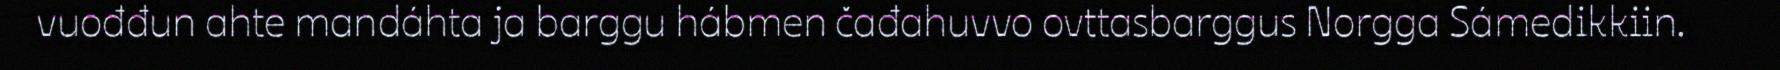
vuođđun ahte mandáhta ja barggu hábmen čađahuvvo ovttasbarggus Norgga Sámedikkiin.